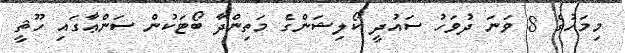
މިމަހުގެ 8 ވަނަ ދުވަހު ސައުދީ ކޯލިޝަންގެ މަތިންދާ ބޯޓަކުން ސަންޢާގައި ހޫޘީ